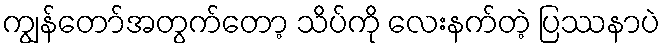
ကျွန်တော်အတွက်တော့ သိပ်ကို လေးနက်တဲ့ ပြဿနာပဲ